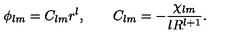
\phi _ { l m } = C _ { l m } r ^ { l } , \qquad C _ { l m } = - \frac { \chi _ { l m } } { l R ^ { l + 1 } } .